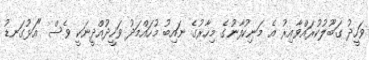
ވަހީދު ގަބޫލުކުރައްވާއިރު އެ މަނިކުފާނުގެ މިހާރުގެ ނައިބު މުހައްމަދު ވަހީދުއްދީނަކީ ވެސް "އަޅުގަނޑު